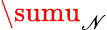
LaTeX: \sumu_{\mathscr{N}}